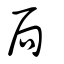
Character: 局